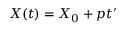
X ( t ) = X _ { 0 } + p t ^ { \prime }